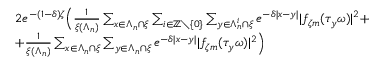
\begin{array} { r l } & { 2 e ^ { - ( 1 - \delta ) \zeta } \Big ( \frac { 1 } { \xi ( \Lambda _ { n } ) } \sum _ { x \in \Lambda _ { n } \cap \xi } \sum _ { i \in { \ensuremath { \mathbb Z } } \setminus \{ 0 \} } \sum _ { y \in \Lambda _ { n } ^ { i } \cap \xi } e ^ { - \delta | x - y | } | f _ { \zeta m } ( \tau _ { y } \omega ) | ^ { 2 } + } \\ & { + \frac { 1 } { \xi ( \Lambda _ { n } ) } \sum _ { x \in \Lambda _ { n } \cap \xi } \sum _ { y \in \Lambda _ { n } \cap \xi } e ^ { - \delta | x - y | } | f _ { \zeta m } ( \tau _ { y } \omega ) | ^ { 2 } \Big ) } \end{array}